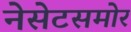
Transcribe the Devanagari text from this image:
नेसेटसमोर